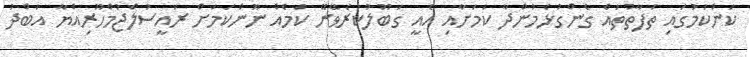
ކަންކަމުގައި ތަފާތުތައް ގެންގުޅެމުންދާ ކަމަށާއި އެއީ ގަބޫލުކުރެވޭނޭ ކަމެއް ނޫންކަމަށް ރައީސުލްޖުމްހޫރިއްޔާ އަބްދު